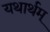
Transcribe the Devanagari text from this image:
यथार्थम्